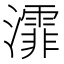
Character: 𤃍